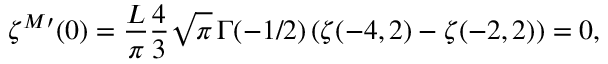
\zeta ^ { M \prime } ( 0 ) = \frac { L } { \pi } \frac 4 3 \sqrt { \pi } \, \Gamma ( - 1 / 2 ) \left( \zeta ( - 4 , 2 ) - \zeta ( - 2 , 2 ) \right) = 0 ,